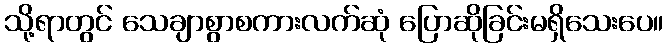
သို့ရာတွင် သေချာစွာစကားလက်ဆုံ ပြောဆိုခြင်းမရှိသေးပေ။